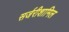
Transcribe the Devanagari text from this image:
सर्जरीशामिल